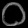
Digit: ၀